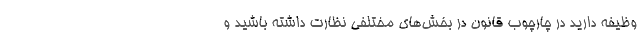
وظیفه دارید در چارچوب قانون در بخش‌های مختلفی نظارت داشته باشید و